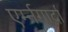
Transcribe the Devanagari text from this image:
एर्म्नगार्दा